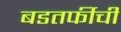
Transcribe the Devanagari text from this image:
बडतर्फीची